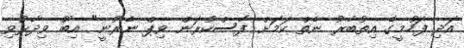
އަދި ފަހުމީގެ އިތުބާރު ނެތް ކަމަށް ފާސްކުރަން ވިޕް ނެރުނީ" އިބޫ ވިދާޅުވި